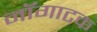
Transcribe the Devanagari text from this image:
नॉगाटक